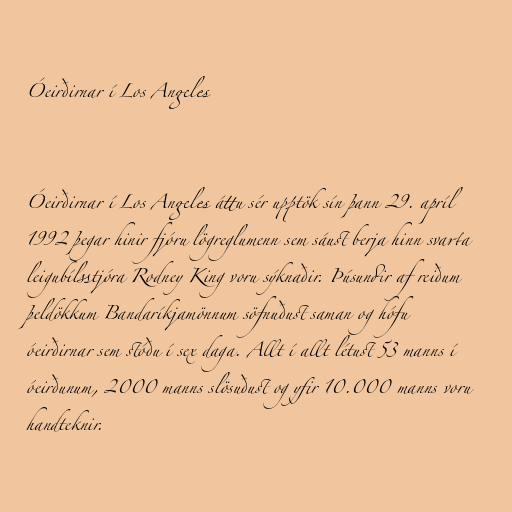
Óeirðirnar í Los Angeles

Óeirðirnar í Los Angeles áttu sér upptök sín þann 29. apríl
1992 þegar hinir fjóru lögreglumenn sem sáust berja hinn svarta
leigubílsstjóra Rodney King voru sýknaðir. Þúsundir af reiðum
þeldökkum Bandaríkjamönnum söfnuðust saman og hófu
óeirðirnar sem stóðu í sex daga. Allt í allt létust 53 manns í
óeirðunum, 2000 manns slösuðust og yfir 10.000 manns voru
handteknir.